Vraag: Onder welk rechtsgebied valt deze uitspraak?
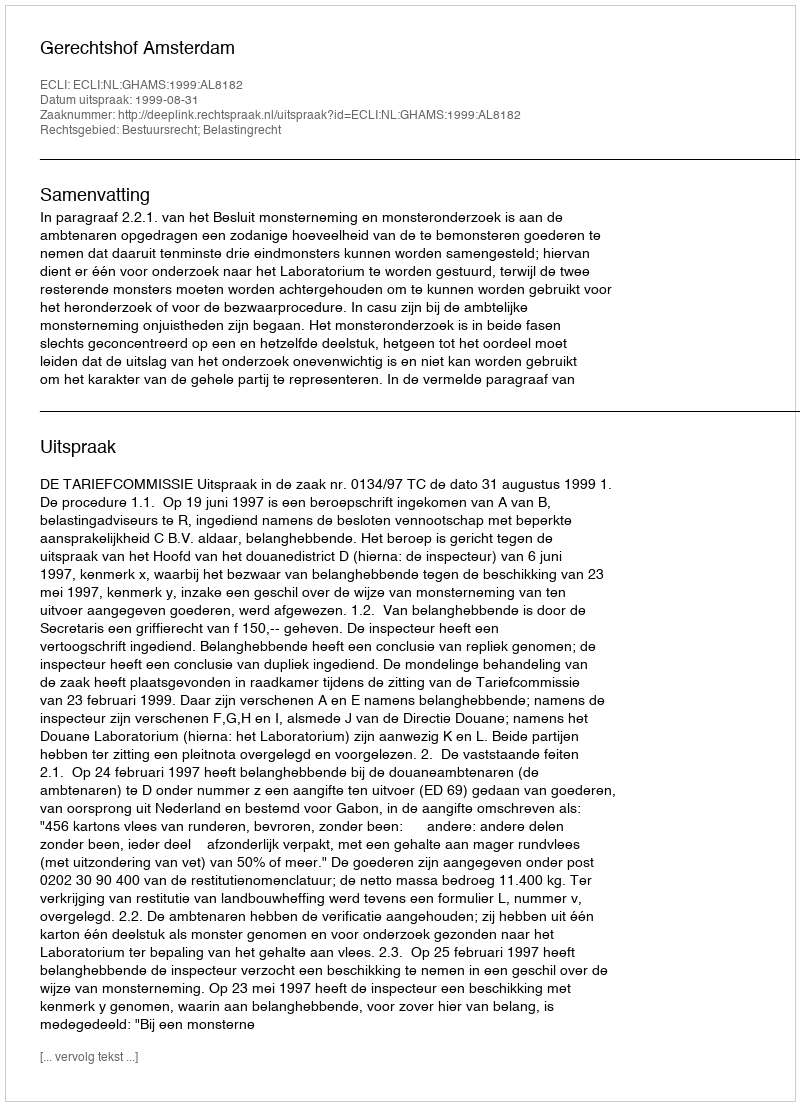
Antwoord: Bestuursrecht; Belastingrecht